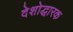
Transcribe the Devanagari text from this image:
देशोद्धारक